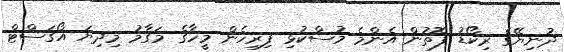
ދުނިޔޭގެ ރިކޯޑު ފޮތުން އެންމެ މުސްކުޅި ފިރިހެން މީހާގެ މަގާމު މިދިޔަ އޯގަސްޓް